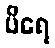
ပိရေ